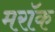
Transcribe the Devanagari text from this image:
मरॉक